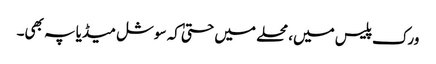
ورک پلیس میں، محلے میں حتیٰ کہ سوشل میڈیا پہ بھی۔